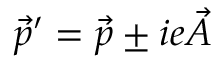
\vec { p } ^ { \prime } = \vec { p } \pm i e \vec { A }